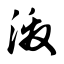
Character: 激